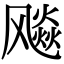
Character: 飚